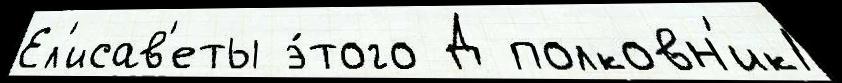
Ел'исав'еты э́того Д полковн'ик1